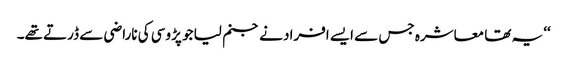
‘‘ یہ تھا معاشرہ جس سے ایسے افراد نے جنم لیا جو پڑوسی کی ناراضی سے ڈرتے تھے۔